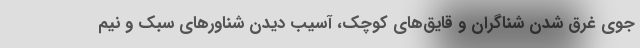
جوی غرق شدن شناگران و قایق‌های کوچک، آسیب دیدن شناورهای سبک و نیم